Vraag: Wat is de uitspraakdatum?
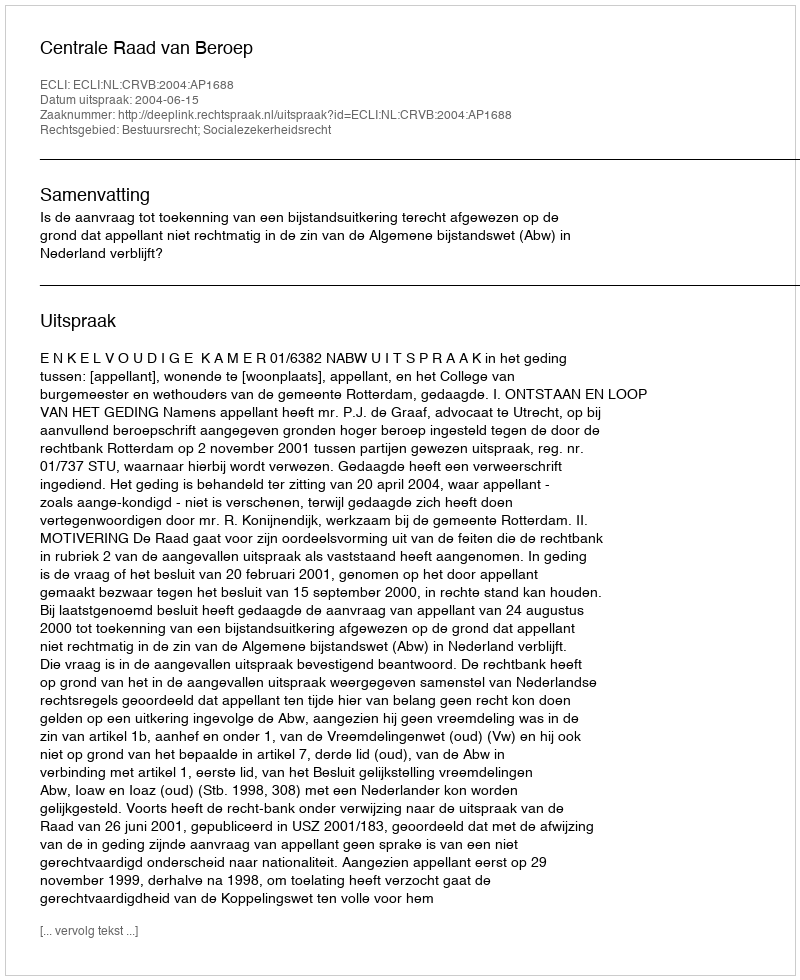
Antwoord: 2004-06-15